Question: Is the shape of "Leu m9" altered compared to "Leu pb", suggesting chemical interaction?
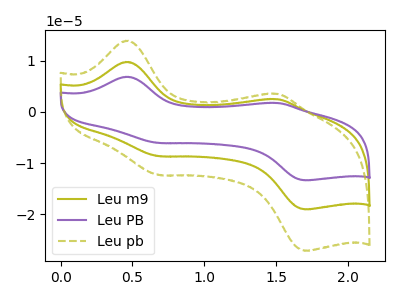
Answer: <think>The olive curve "Leu m9" has anodic peaks at (0.45V, 9.75uA) (1.50V, 2.45uA) and cathodic peaks at (0.70V, -8.65uA) (1.70V, -19.05uA). The purple curve "Leu PB" has anodic peaks at (0.45V, 19.50uA) (1.50V, 4.90uA) and cathodic peaks at (0.70V, -17.30uA) (1.70V, -38.10uA). The olive dashed curve "Leu pb" has anodic peaks at (0.45V, 13.90uA) (1.50V, 3.50uA) and cathodic peaks at (0.70V, -12.30uA) (1.70V, -27.15uA).
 All the peaks in "Leu m9" have a peak in "Leu pb" at the same potential. Every peak in "Leu m9" is lower than every peak in "Leu pb".</think>
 <answer>No, "Leu m9" and "Leu pb" don't appear to be significantly different in shape</answer>
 <eval>no_change</eval>